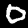
Label: 0